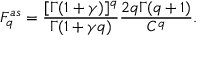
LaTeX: F _ { q } ^ { a s } = \frac { [ \Gamma ( 1 + \gamma ) ] ^ { q } } { \Gamma ( 1 + \gamma q ) } \frac { 2 q \Gamma ( q + 1 ) } { C ^ { q } } .